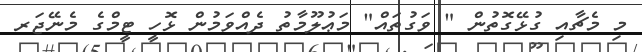
މި މެޗާއި ގުޅޭގޮތުން " ވަގުތައް" މަޢުލޫމާތު ދެއްވަމުން ޅޮހީ ޓީމްގެ މެނޭޖަރ